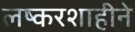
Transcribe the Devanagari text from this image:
लष्करशाहीने